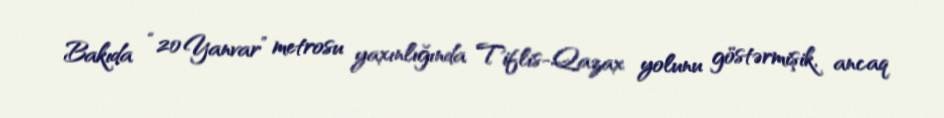
Bakıda “20 Yanvar” metrosu yaxınlığında Tiflis-Qazax yolunu göstərmişik, ancaq